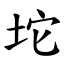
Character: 坨